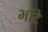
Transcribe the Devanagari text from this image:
भौंटे